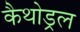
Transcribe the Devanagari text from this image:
कैथोड्रल